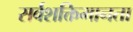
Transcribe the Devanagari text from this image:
सर्वशक्तिमानता